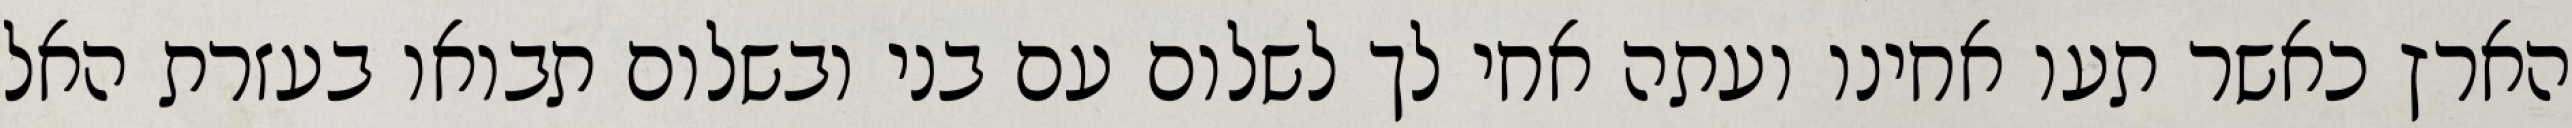
הארץ כאשר תעו אחינו ועתה אחי לך לשלום עם בני ובשלום תבואו בעזרת האל